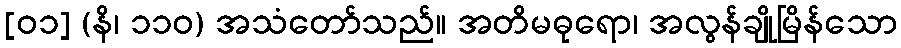
[၀၁] (နိ၊ ၁၁၀) အသံတော်သည်။ အတိမဓုရော၊ အလွန်ချိုမြိန်သော